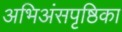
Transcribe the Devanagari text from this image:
अभिअंसपृष्ठिका